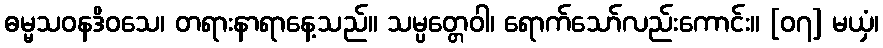
ဓမ္မသဝနဒိဝသေ၊ တရားနာရာနေ့သည်။ သမ္ပတ္တေဝါ၊ ရောက်သော်လည်းကောင်း။ [၀၇] မယှံ၊